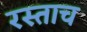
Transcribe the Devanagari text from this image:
रस्ताच